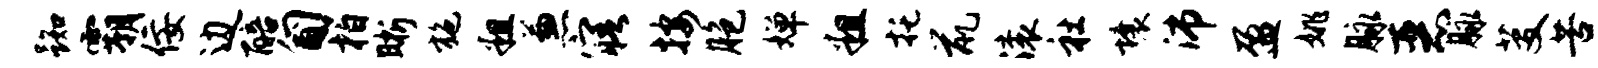
踟霸佞边醅匍柏晰施粗兼寤按胞婵粗托鼠滚社壤沛盈姚脉恶脉芟苦尉